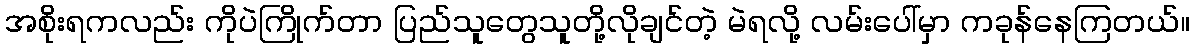
အစိုးရကလည်း ကိုပဲကြိုက်တာ ပြည်သူတွေသူတို့လိုချင်တဲ့ မဲရလို့ လမ်းပေါ်မှာ ကခုန်နေကြတယ်။